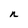
Character: n